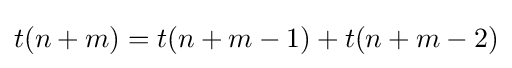
t(n+m)=t(n+m-1)+t(n+m-2)